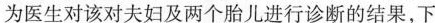
为医生对该对夫妇及两个胎儿进行诊断的结果，下